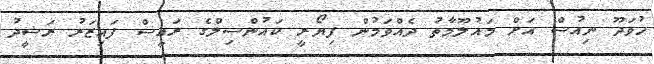
ހުވަދޫ ނިއުސް އަށް މައުލޫމާތު ދެއްވަމުން ފިޔޯރީ ކައުންސިލްގެ ރައީސް ފައިޒަރު ރަޝީދު